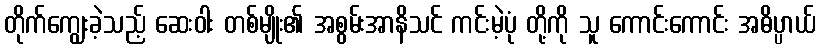
တိုက်ကျွေးခဲ့သည့် ဆေးဝါး တစ်မျိုး၏ အစွမ်းအာနိသင် ကင်းမဲ့ပုံ တို့ကို သူ ကောင်းကောင်း အဓိပ္ပာယ်